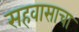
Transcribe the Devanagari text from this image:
सहवासाचा